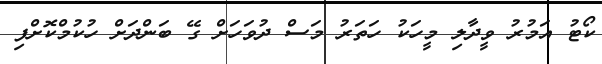
ކޯޓު އަމުރު ވީދާލި މީހަކު ހަތަރު މަސް ދުވަހަށް ގޭ ބަންދަށް ހުކުމްކޮށްފި